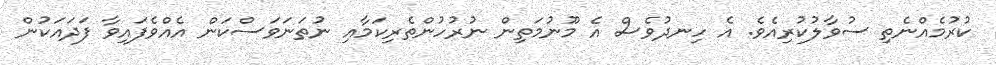
ކުރުމެއްނެތި ސުވާލުކުރިއެވެ. އެ ހިނދުވެސް އެ މޫނުމަތިން ނުރުހުންތެރިކަމާއި ނުތަނަވަސްކަން އެއްވެފައިވާ ފަދައަކުން